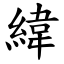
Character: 緯